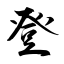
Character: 登